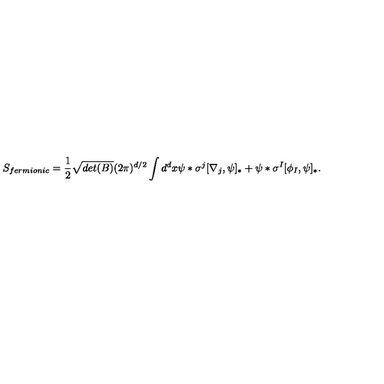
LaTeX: S _ { f e r m i o n i c } = \frac { 1 } { 2 } \sqrt { d e t ( B ) } ( 2 \pi ) ^ { d / 2 } \int d ^ { d } x \psi \ast \sigma ^ { j } [ \nabla _ { j } , \psi ] _ { \ast } + \psi \ast \sigma ^ { I } [ \phi _ { I } , \psi ] _ { \ast } .